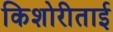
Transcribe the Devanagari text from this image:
किशोरीताई